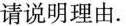
请说明理由.